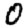
Digit: 0